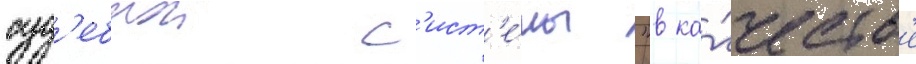
суд'ебнои с'ист'е́мы "в ка́честв'е